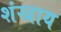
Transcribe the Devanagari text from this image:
शंखाय